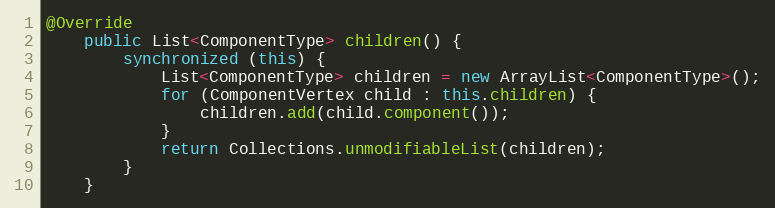
Language: Java
@Override
    public List<ComponentType> children() {
        synchronized (this) {
            List<ComponentType> children = new ArrayList<ComponentType>();
            for (ComponentVertex child : this.children) {
                children.add(child.component());
            }
            return Collections.unmodifiableList(children);
        }
    }